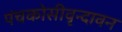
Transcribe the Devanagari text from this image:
पंचकोसीवृन्दावन